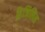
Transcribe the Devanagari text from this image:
फ़्रैजिलिस